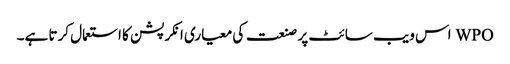
WPO اس ویب سائٹ پر صنعت کی معیاری انکرپشن کا استعمال کرتا ہے۔